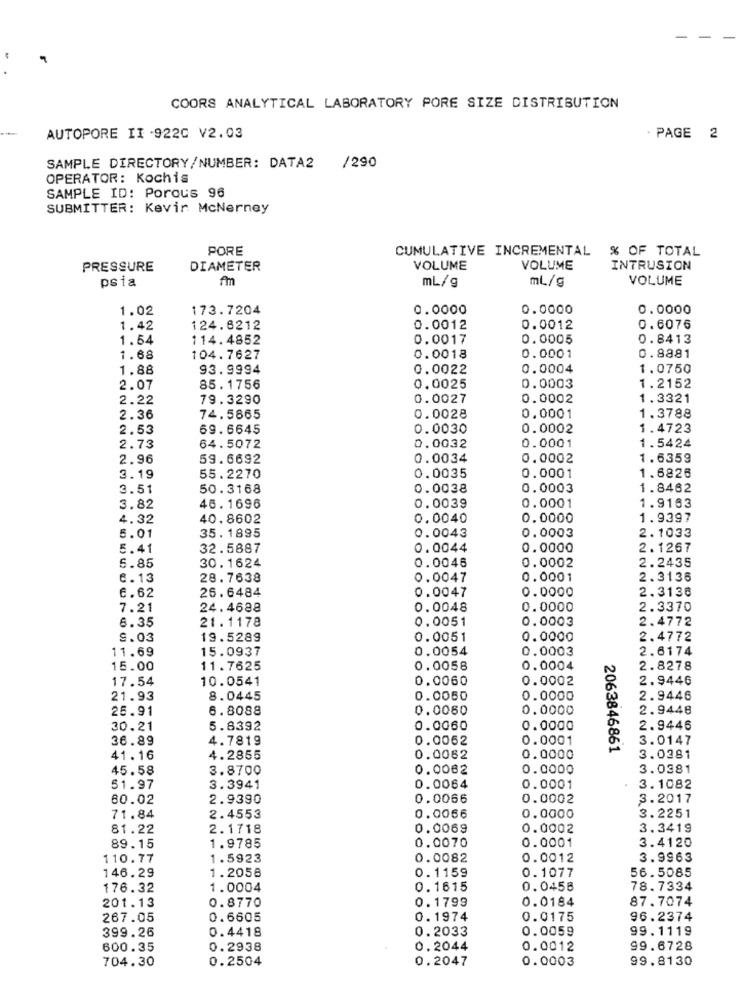
COORS ANALYTICAL LABORATORY PORE SIZE DISTRIBUTION
AUTOPORE II -9220 V2.03
· PAGE 2
SAMPLE DIRECTORY/NUMBER: DATA2
1290
OPERATOR: Kochis
SAMPLE ID: Porous 96
SUBMITTER: Kevir McNerney
PORE
CUMULATIVE INCREMENTAL % OF TOTAL
PRESSURE
DIAMETER
VOLUME
VOLUME
INTRUSION
psia
Am
mL/g
ml/g
VOLUME
1.02
173.7204
0.0000
0.0000
0.0000
1.42
124.6212
0.0012
0.0012
0.6076
1.54
114.4852
0.0017
0.0005
0.8413
1.68
104. 7627
0.0018
0.0001
0.8881
1.88
93.9994
0.0022
0.0004
1.0750
2.07
85.1756
0.0025
0.0003
1.2152
2.22
79.3290
0.0027
0.0002
1.3321
2.36
74.5865
0.0028
0.0001
1.3788
2.53
69.6645
0.0030
0.0002
1.4723
1.5424
2.73
64.5072
0.0032
0.0001
2.96
59.6692
0.0034
0.0002
1.6359
3.19
55.2270
0.0035
0.0001
1.6826
3.51
50.3168
0.0038
0.0003
1.8462
3.82
46. 1696
0.0039
0.0001
1.9163
4.32
40.8602
0.0040
0.0000
1.9397
2.1033
5.01
35.1895
0.0043
0.0003
5.41
32.5887
0.0044
0.0000
2.1267
30.1624
0.0046
0.0002
2.2435
6.85
6.13
28.7638
0.0047
0.0001
2.3136
26.6484
0.0047
0.0000
2.3136
6.62
7.21
24.4688
0.0048
0.0000
2.3370
6.35
21.1178
0.0051
0.0003
2.4772
9.03
19.5289
0.0051
0.0000
2.4772
11.69
15.0937
0.0054
0.0003
2.6174
15.00
11.7625
0.0058
0.0004
2.8278
17.54
10.0541
0.0060
0.0002
2.9446
21.93
8.0445
0.0060
0.0000
2.9446
25.91
6.8088
0.0060
0.0000
2.9446
30.21
5.8392
0.0060
0.0000
2.9446
36.89
4.7819
0.0062
0.0001
3.0147
2063846861
41.16
4.2855
0.0062
0.0000
3.0381
45.58
3.8700
0.0062
0.0000
3.0381
51.97
3.3941
0.0064
0.0001
3.1082
80.02
2.9390
0.0066
0.0002
3.2017
71.84
2.4553
0.0066
0.0000
3.2251
81.22
2.1718
0.0069
0.0002
3.3419
0.0001
3.4120
89.15
1.9785
0.0070
110.77
1.5923
0.0082
0.0012
3.9963
146.29
0.1159
0.1077
56.5085
1.2058
176.32
1.0004
0.1615
0.0458
78.7334
201.13
0.8770
0.1799
0.0184
87.7074
267.05
0.6605
0.1974
0.0175
96.2374
399.26
0.4418
0.2033
0.0059
99.1119
600.35
0.2938
0.2044
0.0012
99.6728
704.30
0.2504
0.2047
0.0003
99.8130